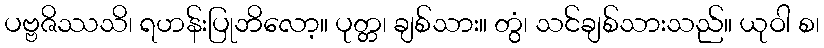
ပဗ္ဗဇိဿသိ၊ ရဟန်းပြုဘိလော့။ ပုတ္တ၊ ချစ်သား။ တွံ၊ သင်ချစ်သားသည်။ ယုဝါ စ၊